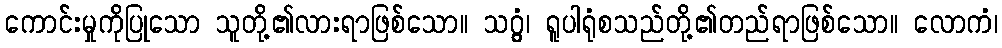
ကောင်းမှုကိုပြုသော သူတို့၏လားရာဖြစ်သော။ သဂ္ဂွံ၊ ရူပါရုံစသည်တို့၏တည်ရာဖြစ်သော။ လောကံ၊